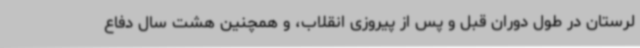
لرستان در طول دوران قبل و پس از پیروزی انقلاب، و همچنین هشت سال دفاع